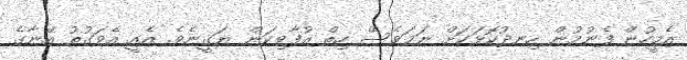
އެމީހުން ފެނުމުން ހިނދުކޮޅަކަށް ނަމަވެސް ހިތް އުފާވިކަން ޔަޤީނެވެ. އެއީ އެވަގުތު އޭނާގެ